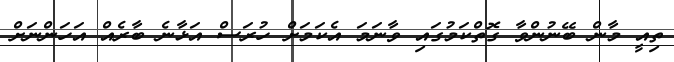
ތިއީ މާން ބޭނުންވާ ގޮތްކަމުގައި ވާނަމަ އެކަމަށް ހުރަސް އަޅާނެ ބާރެއް އަހަންނަށް